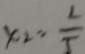
x = \frac { 2 } { 5 }